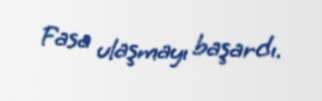
Fasa ulaşmayı başardı.